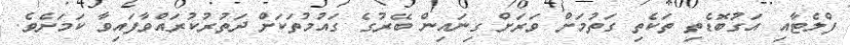
ފްލެޓާއި އަގުބޮޑެތި ތަކެތި ގަތުމަށް ވަރަށް ގިނައިން ބޭރުގެ ގައުމުތަކަށް ދަތުރުކުރައްވާފައިވާ ކަމަށެވެ.